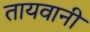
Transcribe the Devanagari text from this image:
तायवानी